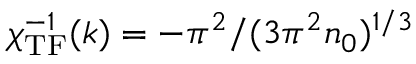
\chi _ { \mathrm { T F } } ^ { - 1 } ( k ) = - \pi ^ { 2 } / ( 3 \pi ^ { 2 } n _ { 0 } ) ^ { 1 / 3 }